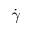
\dot { \gamma }